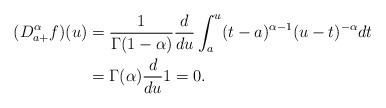
LaTeX: \begin{align*}(D^\alpha_{a+} f)(u) & = \frac{1} {\Gamma(1-\alpha)} \frac{d}{du}\int^{u}_a (t-a)^{\alpha - 1} (u - t)^{-\alpha} dt\\& = \Gamma(\alpha) \frac{d}{du} 1 = 0.\end{align*}